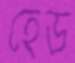
হেড